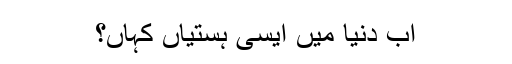
اب دنیا میں ایسی ہستیاں کہاں؟